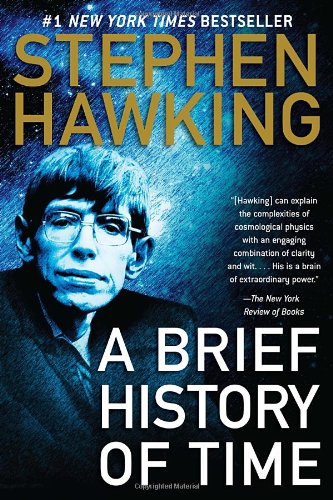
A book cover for A Brief History of Time; Stephen Hawking; Science & Math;